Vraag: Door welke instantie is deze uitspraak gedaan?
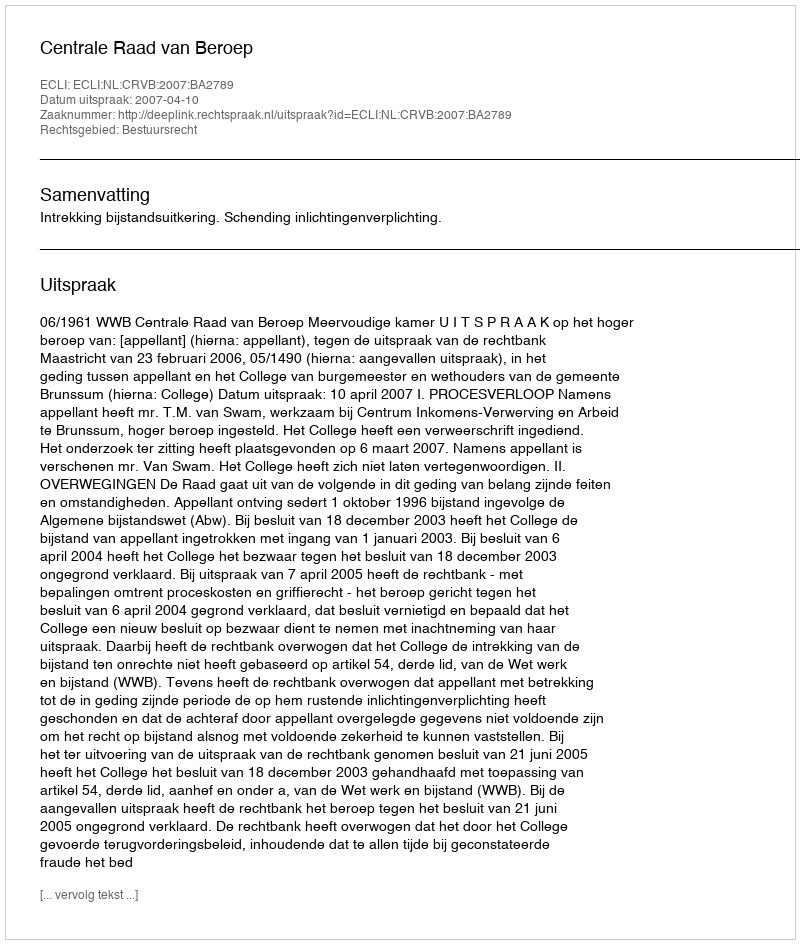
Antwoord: Centrale Raad van Beroep